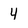
Character: 4